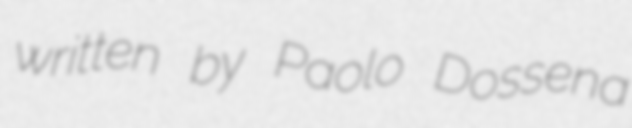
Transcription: written by Paolo Dossena